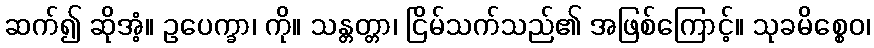
ဆက်၍ ဆိုအံ့။ ဥပေက္ခာ၊ ကို။ သန္တတ္တာ၊ ငြိမ်သက်သည်၏ အဖြစ်ကြောင့်။ သုခမိစ္စေဝ၊